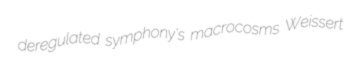
deregulated symphony's macrocosms Weissert